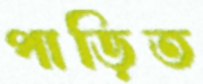
পাড়িত